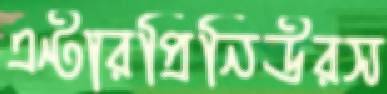
এন্টারপ্রিনিউরস